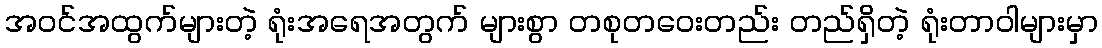
အဝင်အထွက်များတဲ့ ရုံးအရေအတွက် များစွာ တစုတဝေးတည်း တည်ရှိတဲ့ ရုံးတာဝါများမှာ